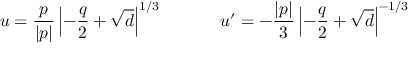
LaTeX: u = \frac { p } { | p | } \left| - \frac { q } { 2 } + \sqrt { d } \right| ^ { 1 / 3 } \ \ \ \ \ \ \ \ \ \ u ^ { \prime } = - \frac { | p | } { 3 } \left| - \frac { q } { 2 } + \sqrt { d } \right| ^ { - 1 / 3 }